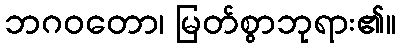
ဘဂဝတော၊ မြတ်စွာဘုရား၏။